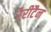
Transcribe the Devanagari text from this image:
रैरीटैन